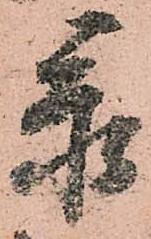
忝